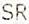
SR